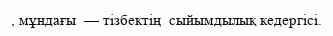
, мұндағы  — тізбектің  сыйымдылық кедергісі.